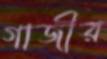
গাজীর